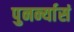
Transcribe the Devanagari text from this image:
पुनर्न्यासं